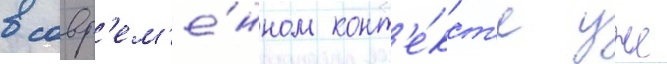
в совр'ем'е́нном конт'е́кст'е уже